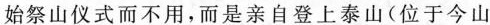
始祭山仪式而不用，而是亲自登上泰山(位于今山